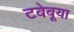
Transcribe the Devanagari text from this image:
टबेबूया